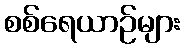
စစ်ရေယာဉ်များ